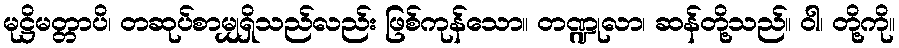
မုဋ္ဌိမတ္တာပိ၊ တဆုပ်စာမျှရှိသည်လည်း ဖြစ်ကုန်သော။ တဏ္ဍုလာ၊ ဆန်တို့သည်။ ဝါ၊ တို့ကို။